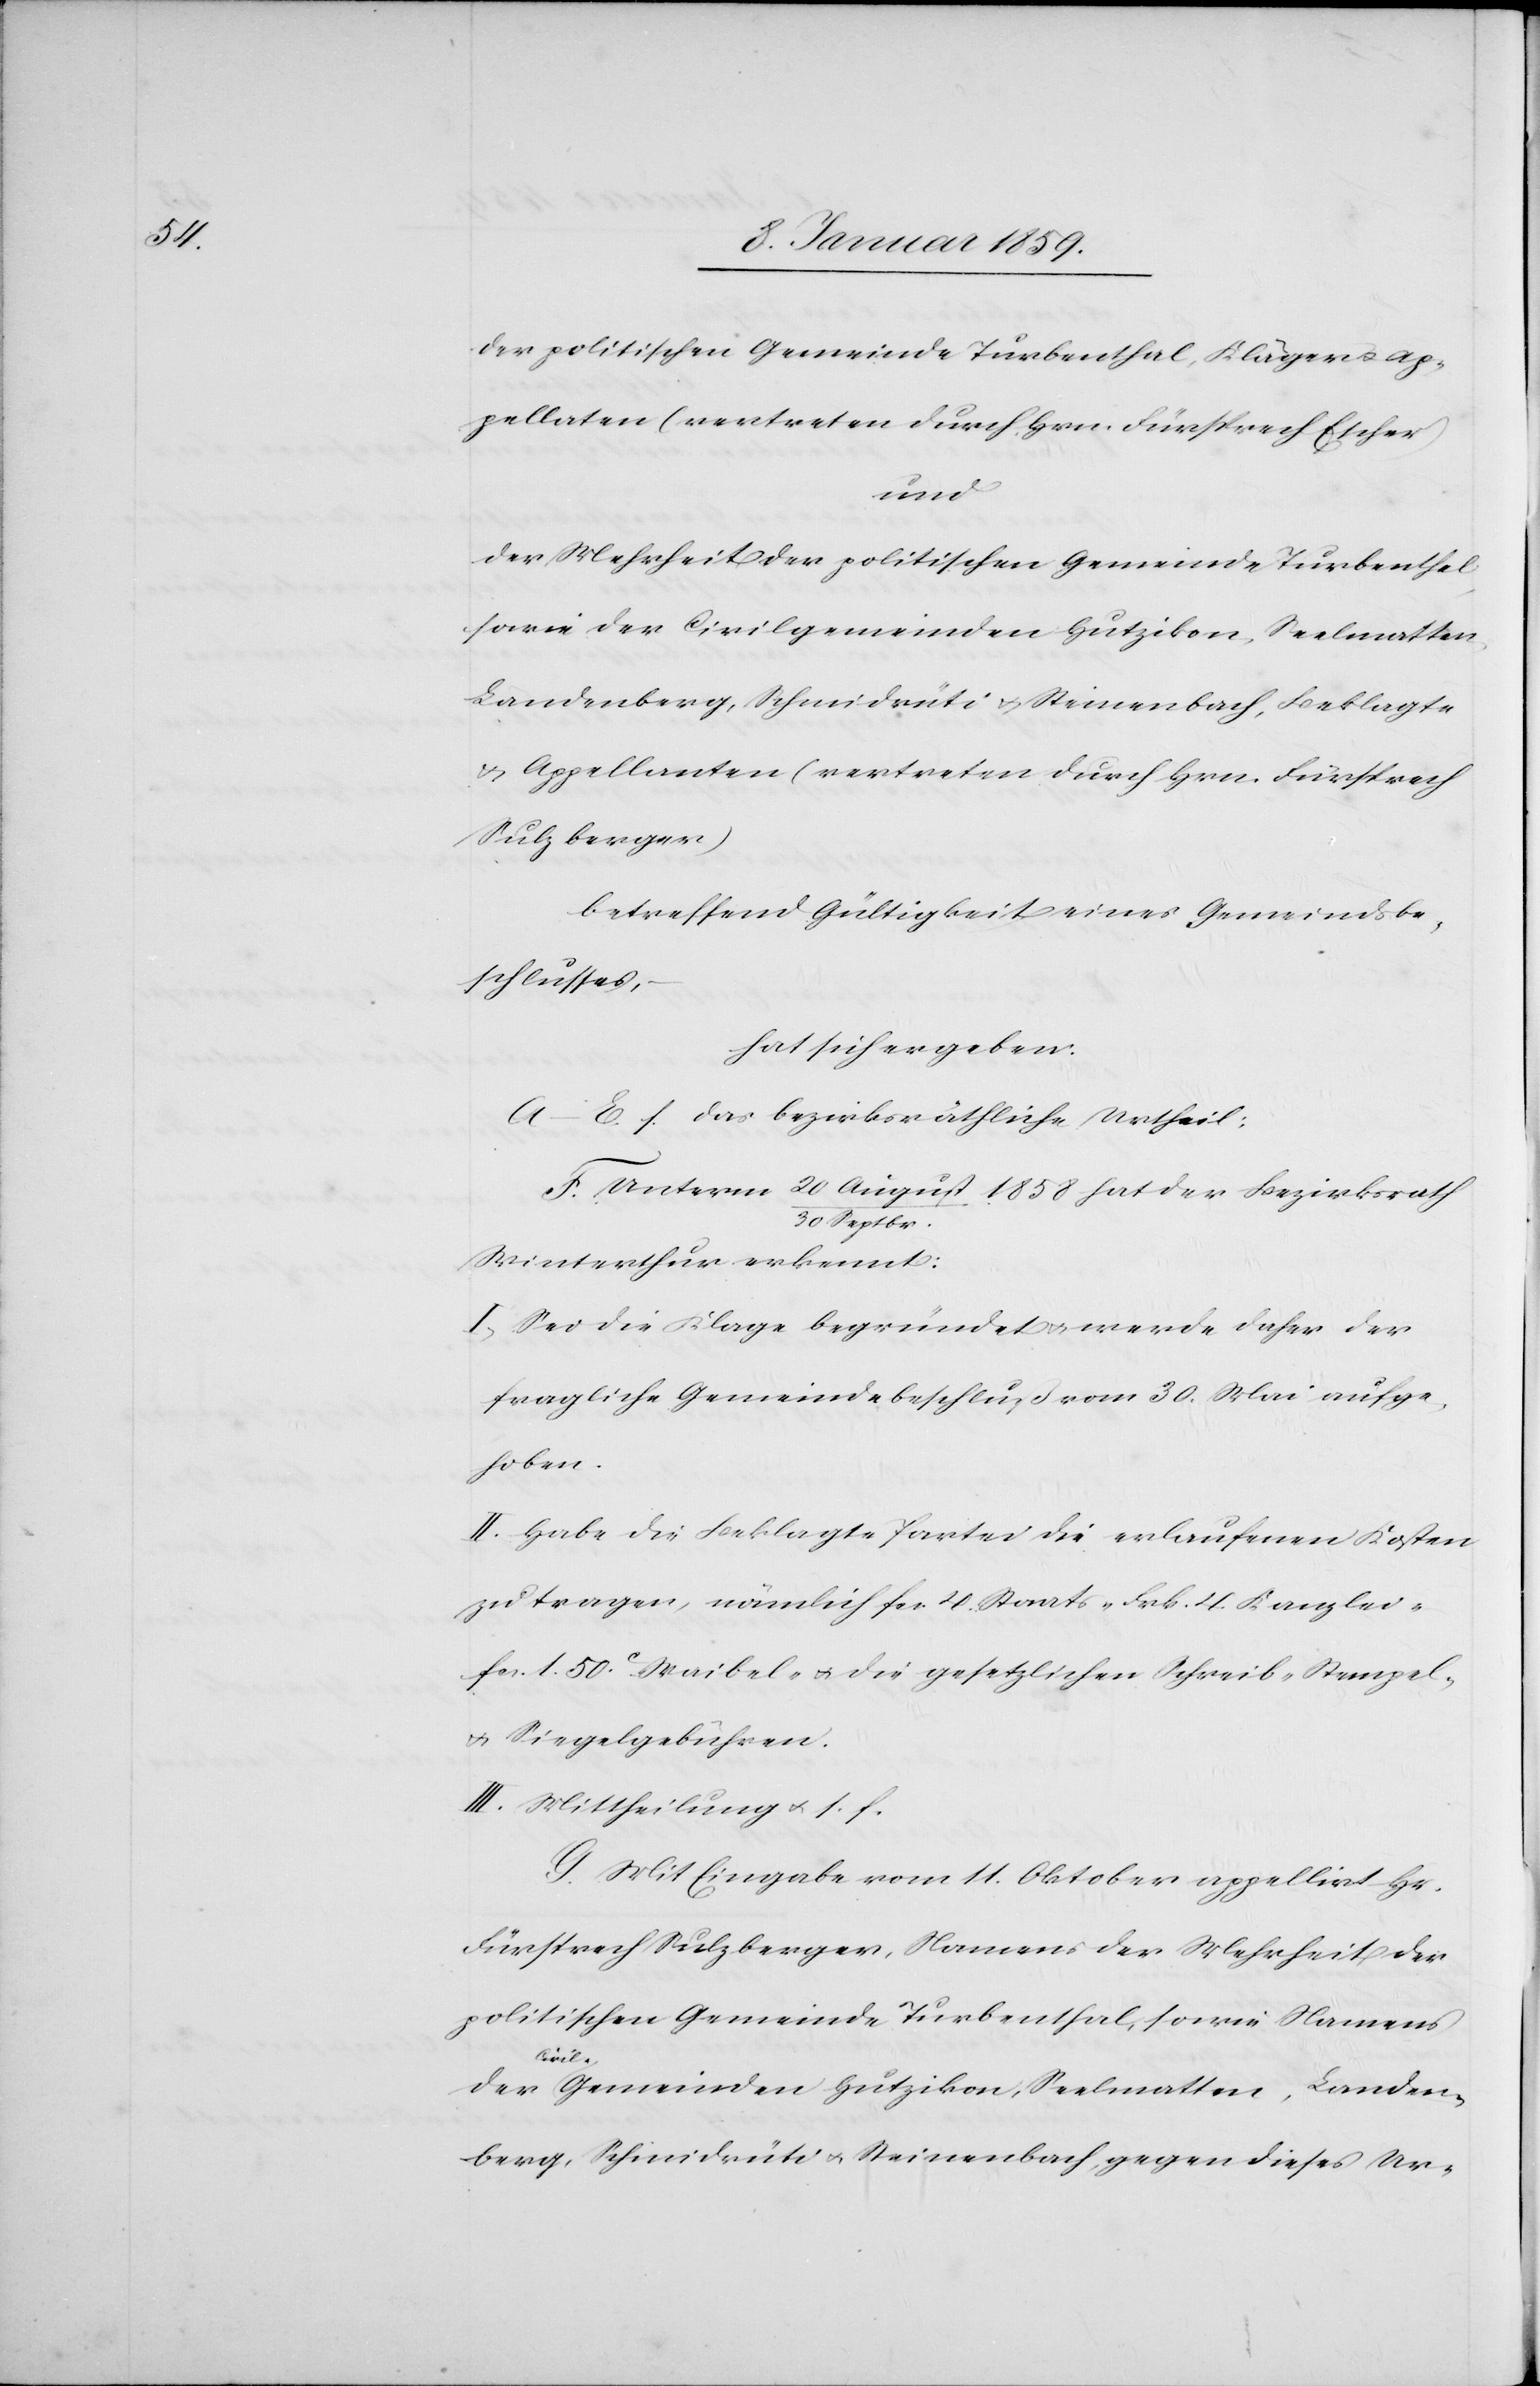
der politischen Gemeinde Turbenthal, Kläger u. Ap¬
pellaten (vertreten durch Hrn. Fürsprech Escher)
und
der Mehrheit der politischen Gemeinde Turbenthal
s der Civil-Gemeinden Hutzikon, Seelmatten,
Landenberg, Schmidrüti u. Steinenbach, Beklagte
u. Appellanten (vertreten durch Hrn. Fürsprech
Sulzberger)
betreffend Gültigkeit eines Gemeindsbe¬
schlusses,
hat sich ergeben:
A.–E. s. das bezirksräthliche Urtheil:
30 Septbr.
Winterthur erkennt:
I. Sei die Klage begründet u. werde daher der
fragliche Gemeindebeschluß vom 30. Mai aufge¬
hoben.
II. Habe die Beklagte Partei die erlaufenen Kosten
zu tragen, nämlich fcs. 4 Staats-[,] Frk. 4 Kanzlei-[,]
Fcs. 1.50 Waibel- u. die gesetzlichen Schreib-[,] Stempel-
u. Siegelgebühren.
III. Mittheilung u.s.f.
G. Mit Eingabe vom 11. Oktober appellirt Hr.
Fürsprech Sulzberger, Namens der Mehrheit der
politischen Gemeinde Turbenthal, sowie Namen¬
den¬
berg, Schmidrüti u. Steinenbach, gegen dieses Ur-